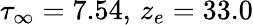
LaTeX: \tau_{\infty}=7.54,\, z_{e}=33.0